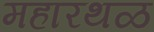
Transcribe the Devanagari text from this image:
महारथळ